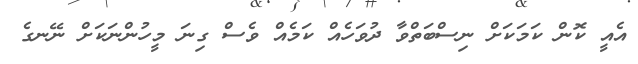
އެއީ ކޮން ކަމަކަށް ނިސްބަތްވާ ދުވަހެއް ކަމެއް ވެސް ގިނަ މީހުންނަކަށް ނޭނގެ